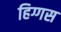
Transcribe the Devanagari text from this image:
हिग्गस